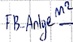
Text: FB_Anlage M2